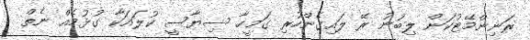
ރަނިންމޭޓުކަން ލިބުނު ރޭ ލައިގެންހުރި ގަމީހާ ސިޔާސީ ކުލައަކާ ގުޅުމެއް ނެތް